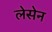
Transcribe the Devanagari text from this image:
लेसेन